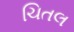
ચિતલ